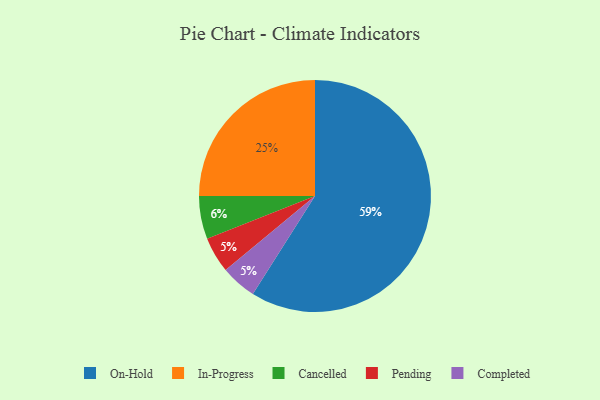
{"axis": {"x": "Category", "y": "Percentage"}, "legend": ["Cancelled", "Completed", "In-Progress", "On-Hold", "Pending"], "data": [{"x": "Pending", "y": 5, "type": "Pending"}, {"x": "On-Hold", "y": 59, "type": "On-Hold"}, {"x": "In-Progress", "y": 25, "type": "In-Progress"}, {"x": "Cancelled", "y": 6, "type": "Cancelled"}, {"x": "Completed", "y": 5, "type": "Completed"}]}